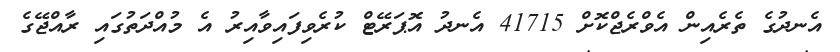
އެނދުގެ ތެރެއިން އެވްރެޖްކޮށް 41715 އެނދު އޮޕަރޭޓް ކުރެވިފައިވާއިރު އެ މުއްދަތުގައި ރާއްޖޭގެ